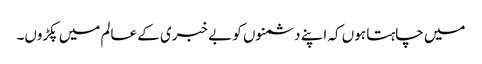
میں چاہتا ہوں کہ اپنے دشمنوں کو بے خبری کے عالم میں پکڑوں۔